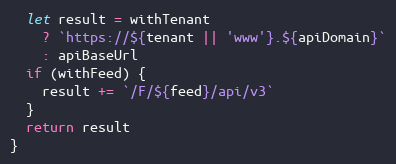
Language: JavaScript
  let result = withTenant
    ? `https://${tenant || 'www'}.${apiDomain}`
    : apiBaseUrl
  if (withFeed) {
    result += `/F/${feed}/api/v3`
  }
  return result
}